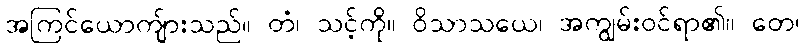
အကြင်ယောကျ်ားသည်။ တံ၊ သင့်ကို။ ဝိသာသယေ၊ အကျွမ်းဝင်ရာ၏။ တေ၊